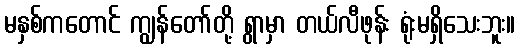
မနှစ်ကတောင် ကျွန်တော်တို့ ရွာမှာ တယ်လီဖုန်း ရုံးမရှိသေးဘူး။